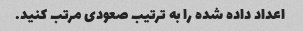
اعداد داده شده را به ترتیب صعودی مرتب کنید.